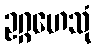
ဥဂ္ဂဟေသုံ